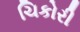
ચિકોરી